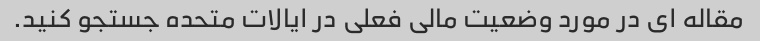
مقاله ای در مورد وضعیت مالی فعلی در ایالات متحده جستجو کنید.